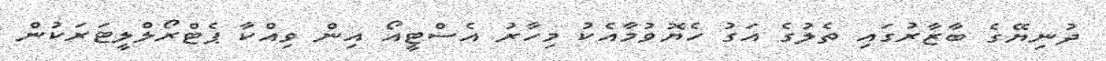
ދުނިޔޭގެ ބާޒާރުގައި ތެލުގެ އަގު ހެޔޮވުމާއެކު މިހާރު އެސްޓީއޯ އިން ވިއްކާ ޕެޓްރޯލްލީޓަރަކުން